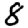
Digit: 8